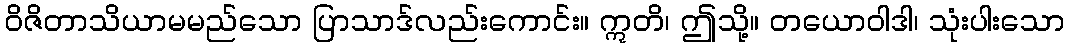
ဝိဇိတာသိယာမမည်သော ပြာသာဒ်လည်းကောင်း။ ဣတိ၊ ဤသို့။ တယောဝါဒါ၊ သုံးပါးသော